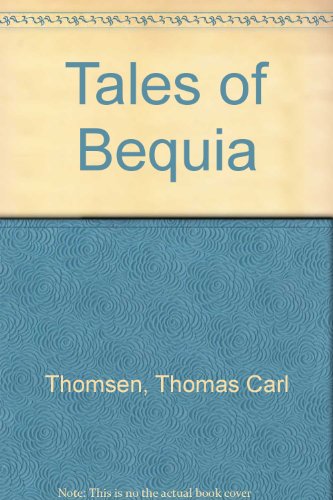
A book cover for Tales of Bequia; Thomas Carl Thomsen; Travel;